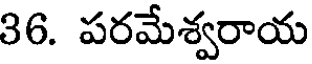
36. పరమేశ్వరాయ